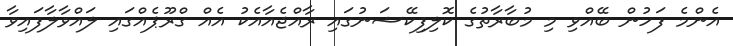
އެންމެ ފަހުން ބޭއްވި މި މުބާރާތުގެ ކޮލިފިކޭޝަނުގައި ރާއްޖެއާއެކު އެއް ގްރޫޕެއްގައި ލައްވާލާފައިވާ